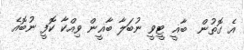
އެ ގޮތުން  ބާޣީ ޓީވީ ނުބަލާ ބާޣީން ވިއްކާ ކޮފީ ނުބޮއެ